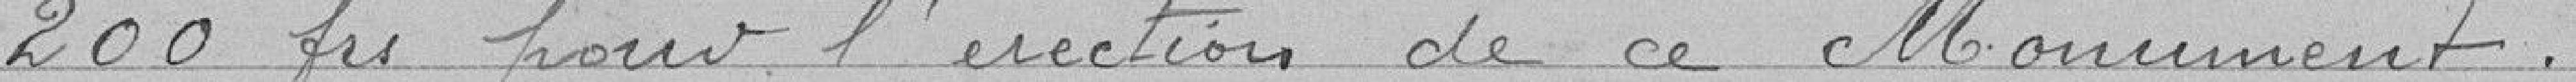
200 frs pour l'érection de ce Monument.